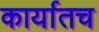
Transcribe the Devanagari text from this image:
कार्यातच